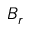
B _ { r }